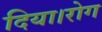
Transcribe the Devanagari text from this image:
दिया।रोग